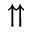
\upuparrows